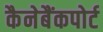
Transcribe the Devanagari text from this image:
कैनेबैंकपोर्ट